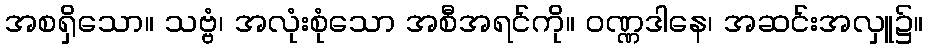
အစရှိသော။ သဗ္ဗံ၊ အလုံးစုံသော အစီအရင်ကို။ ဝဏ္ဏဒါနေ၊ အဆင်းအလှူ၌။